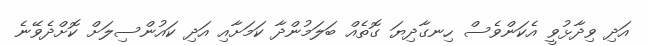
އަދި ވިދާޅުވީ އެކަންވެސް ހިނގާދިޔަ ގޮތެއް ބަލަމުންދާ ކަމަށާއި އަދި ކައުންސިލަށް ކޮށްދެވޭނެ